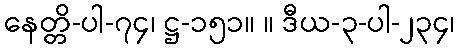
နေတ္တိ-ပါ-၇၄၊ ဋ္ဌ-၁၅၁။ ။ ဒီယ-၃-ပါ-၂၃၄၊